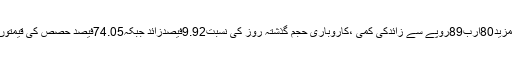
سرمایہ کاری مالیت میں مزید80ارب89روپے سے زائدکی کمی ،کاروباری حجم گذشتہ روز کی نسبت9.92فیصدزائد جبکہ74.05فیصد حصص کی قیمتوں میںکمی ریکارڈکی گئی۔